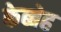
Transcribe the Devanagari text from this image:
केब्बेह